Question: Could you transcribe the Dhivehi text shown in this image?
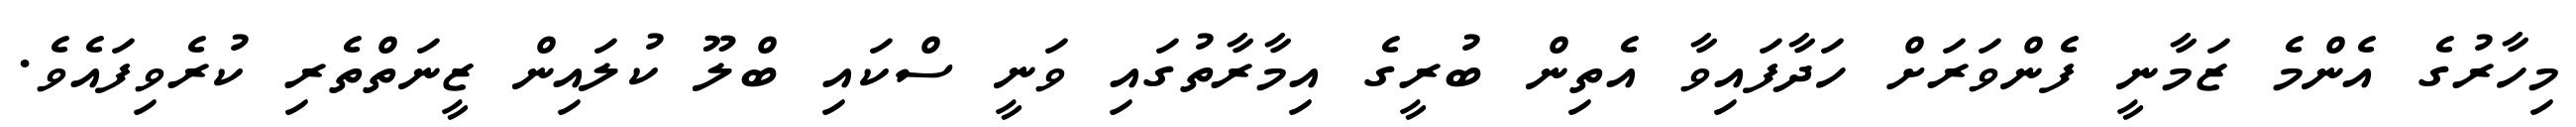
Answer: މިހާރުގެ އެންމެ ޒަމާނީ ފެންވަރަށް ހަދާފައިވާ އެތިން ބުރީގެ އިމާރާތުގައި ވަނީ ސްކައި ބްލޫ ކުލައިން ޒީނަތްތެރި ކުރެވިފައެވެ.